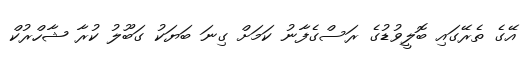
އޭގެ ތެރޭގައި ބޮލީވުޑުގެ ރަސްގެފާނު ކަމަށް ގިނަ ބަޔަކު ގަބޫލު ކުރާ ޝާހްރުކް